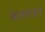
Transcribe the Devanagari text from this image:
केलमाइन